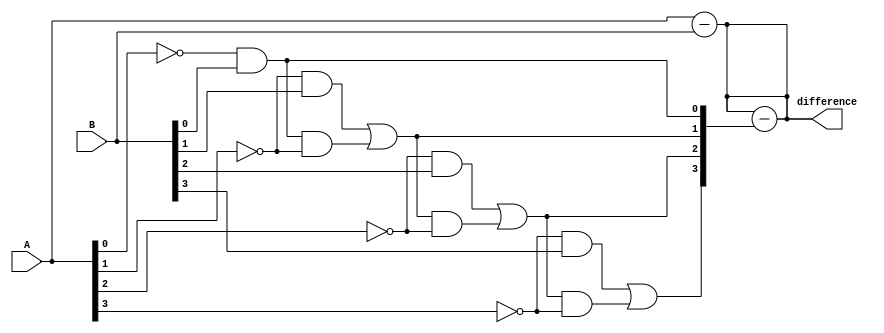
module ripple_subtractor (
    input [3:0] A,
    input [3:0] B,
    output reg [3:0] difference
);

reg [3:0] borrow;

assign difference = A - B;

always @* begin
    borrow[0] = ~A[0] & B[0];
    borrow[1] = (~A[1] & B[1]) | (borrow[0] & ~A[1]);
    borrow[2] = (~A[2] & B[2]) | (borrow[1] & ~A[2]);
    borrow[3] = (~A[3] & B[3]) | (borrow[2] & ~A[3]);

    difference = difference - borrow;
end

endmodule